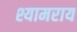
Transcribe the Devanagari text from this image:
श्यामराय